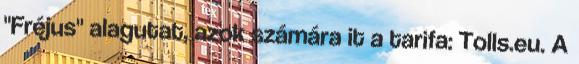
"Fréjus" alagutat, azok számára it a tarifa: Tolls.eu. A